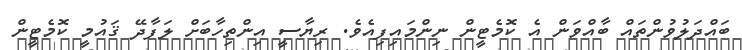
ބައްދަލުވުންތައް ބާއްވަން އެ ކޮމެޓީން ނިންމައިފިއެވެ. ރިޔާސީ އިންތިހާބަށް ލަފާދޭ ޤައުމީ ކޮމެޓީން